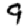
Digit: 9